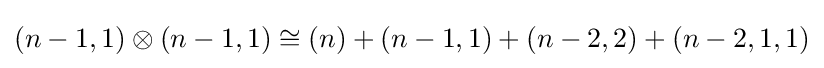
(n-1,1)\otimes (n-1,1)\cong (n)+(n-1,1)+(n-2,2)+(n-2,1,1)